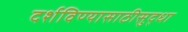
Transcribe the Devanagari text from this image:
दर्शविण्यासाठीसुद्धा